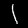
Label: 1